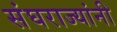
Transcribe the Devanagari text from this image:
संघराज्यांनी